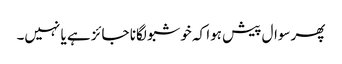
پھرسوال پیش ہوا کہ خوشبو لگانا جائز ہے یا نہیں۔